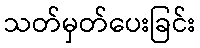
သတ်မှတ်ပေးခြင်း